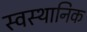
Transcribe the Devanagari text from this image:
स्वस्थानिक